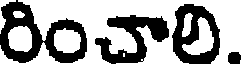
రించాలి.